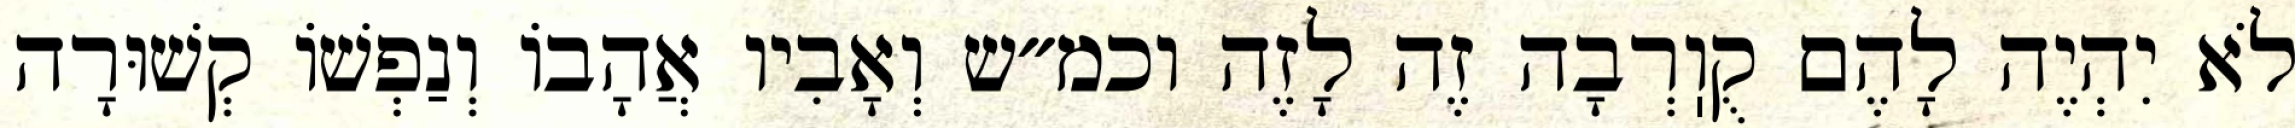
לֹא יִהְיֶה לָהֶם קֻוֽרְבָה זֶה לָזֶה וכמ״ש וְאָבִיו אֲהָבוֹ וְנַפְשׁוֹ קְשׁוּרָה